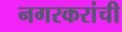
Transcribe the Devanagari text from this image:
नगरकरांची